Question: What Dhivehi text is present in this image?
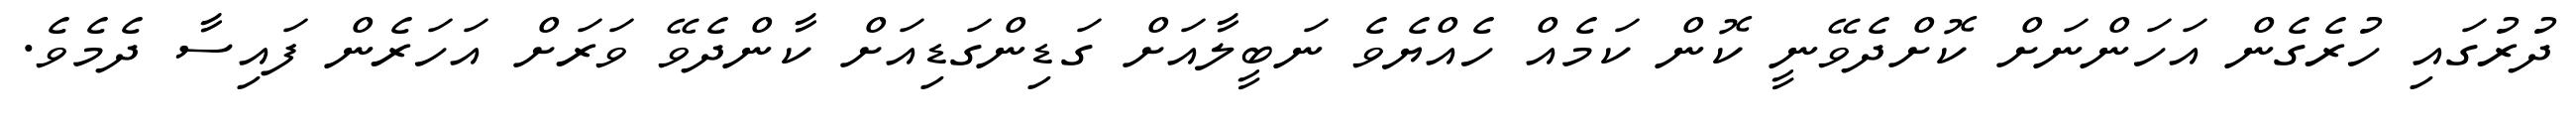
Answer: ދުރުގައި ހުރެގެން އަހަންނަށް ކޮށްދެވޭނީ ކޮން ކަމެއް ހެއްޔެވެ ނަބީލާއަށް ގަޑިންގަޑިއަށް ކާންދެވޭ ވަރަށް އަހަރެން ފައިސާ ދެމެވެ.